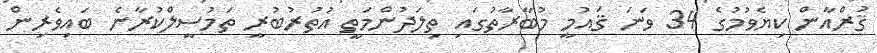
ޤުރްއާން ކިޔެވުމުގެ 34 ވަނަ ޤައުމީ މުބާރާތުގައި ތިލަދުންމަތީ އުތުރުބުރީ ތަމުސީލްކުރާނެ ބައިވެރިން